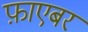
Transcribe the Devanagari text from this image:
फ़ाएबर